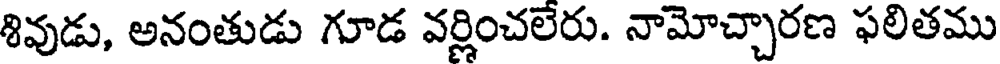
శివుడు, అనంతుడు గూడ వర్ణించలేరు. నామోచ్చారణ ఫలితము